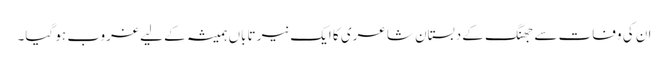
ان کی وفات سے جھنگ کے دبستان شاعری کا ایک نیر تاباں ہمیشہ کے لیے غروب ہو گیا۔